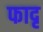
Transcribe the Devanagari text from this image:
फादृ